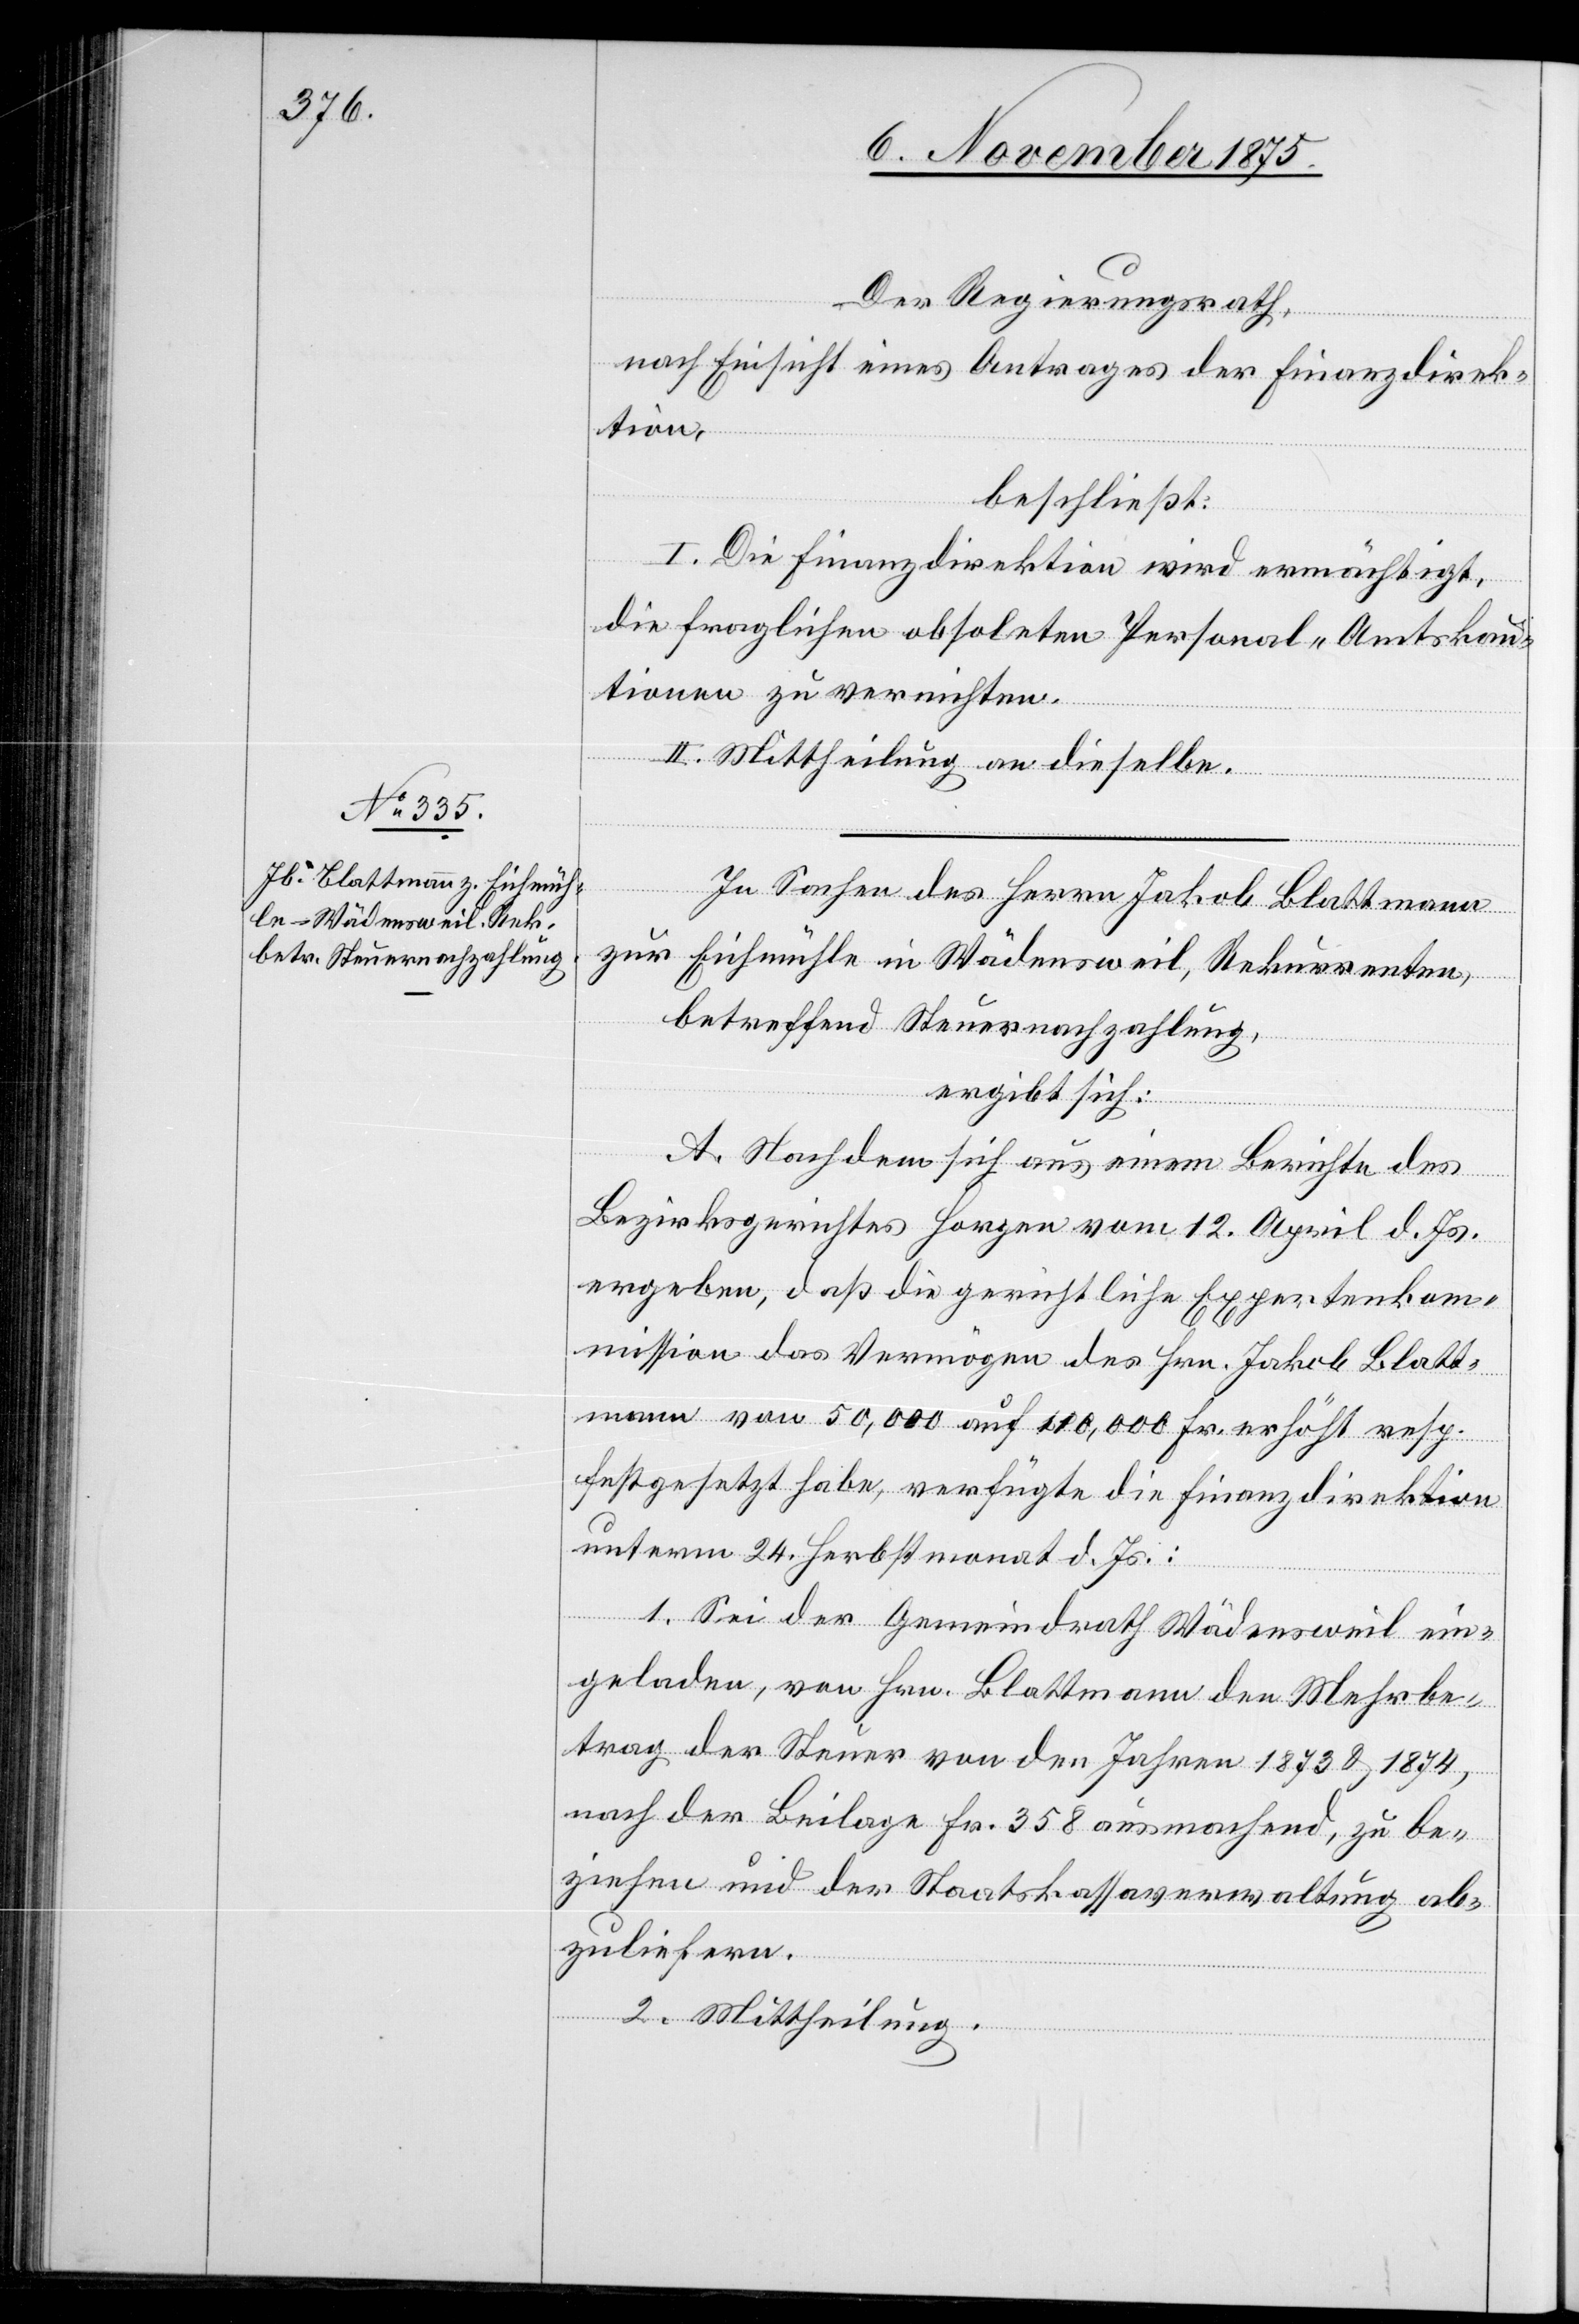
Der Regierungsrath,
nach Einsicht eines Antrages der Finanzdirek¬
tion,
beschließt:
I. Die Finanzdirektion wird ermächtigt,
die fraglichen obsoleten Personal- Amtskau¬
tionen zu vernichten.
II. Mittheilung an dieselbe.
In Sachen des Herrn Jakob Blattmann
zur Eichmühle in Wädensweil, Rekurrenten,
betreffend Steuernachzahlung,
ergibt sich:
A. Nachdem sich aus einem Berichte des
Bezirksgerichtes Horgen vom 12. April d. Js.
ergeben, daß die gerichtliche Expertenkom¬
mission das Vermögen des Hrn. Jakob Blatt¬
mann von 50,000 auf 110,000 Fr. erhöht resp.
festgesetzt habe, verfügte die Finanzdirektion
unterm 24. Herbstmonat d. Js.:
1. Sei der Gemeindrath Wädensweil ein¬
geladen, von Hrn. Blattmann den Mehrbe¬
trag der Steuer von den Jahren 1873 & 1874,
nach der Beilage Fr. 358 ausmachend, zu be¬
ziehen und der Staatskassaverwaltung ab¬
zuliefern.
2. Mittheilung.